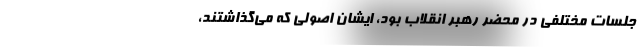
جلسات مختلفی در محضر رهبر انقلاب بود، ایشان اصولی که می‌گذاشتند،